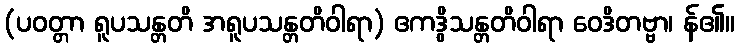
(ပဝတ္တာ ရူပသန္တတိ အရူပသန္တတိဝါရာ) ဧကဒွိသန္တတိဝါရာ ဝေဒိတဗ္ဗာ၊ န်၏။